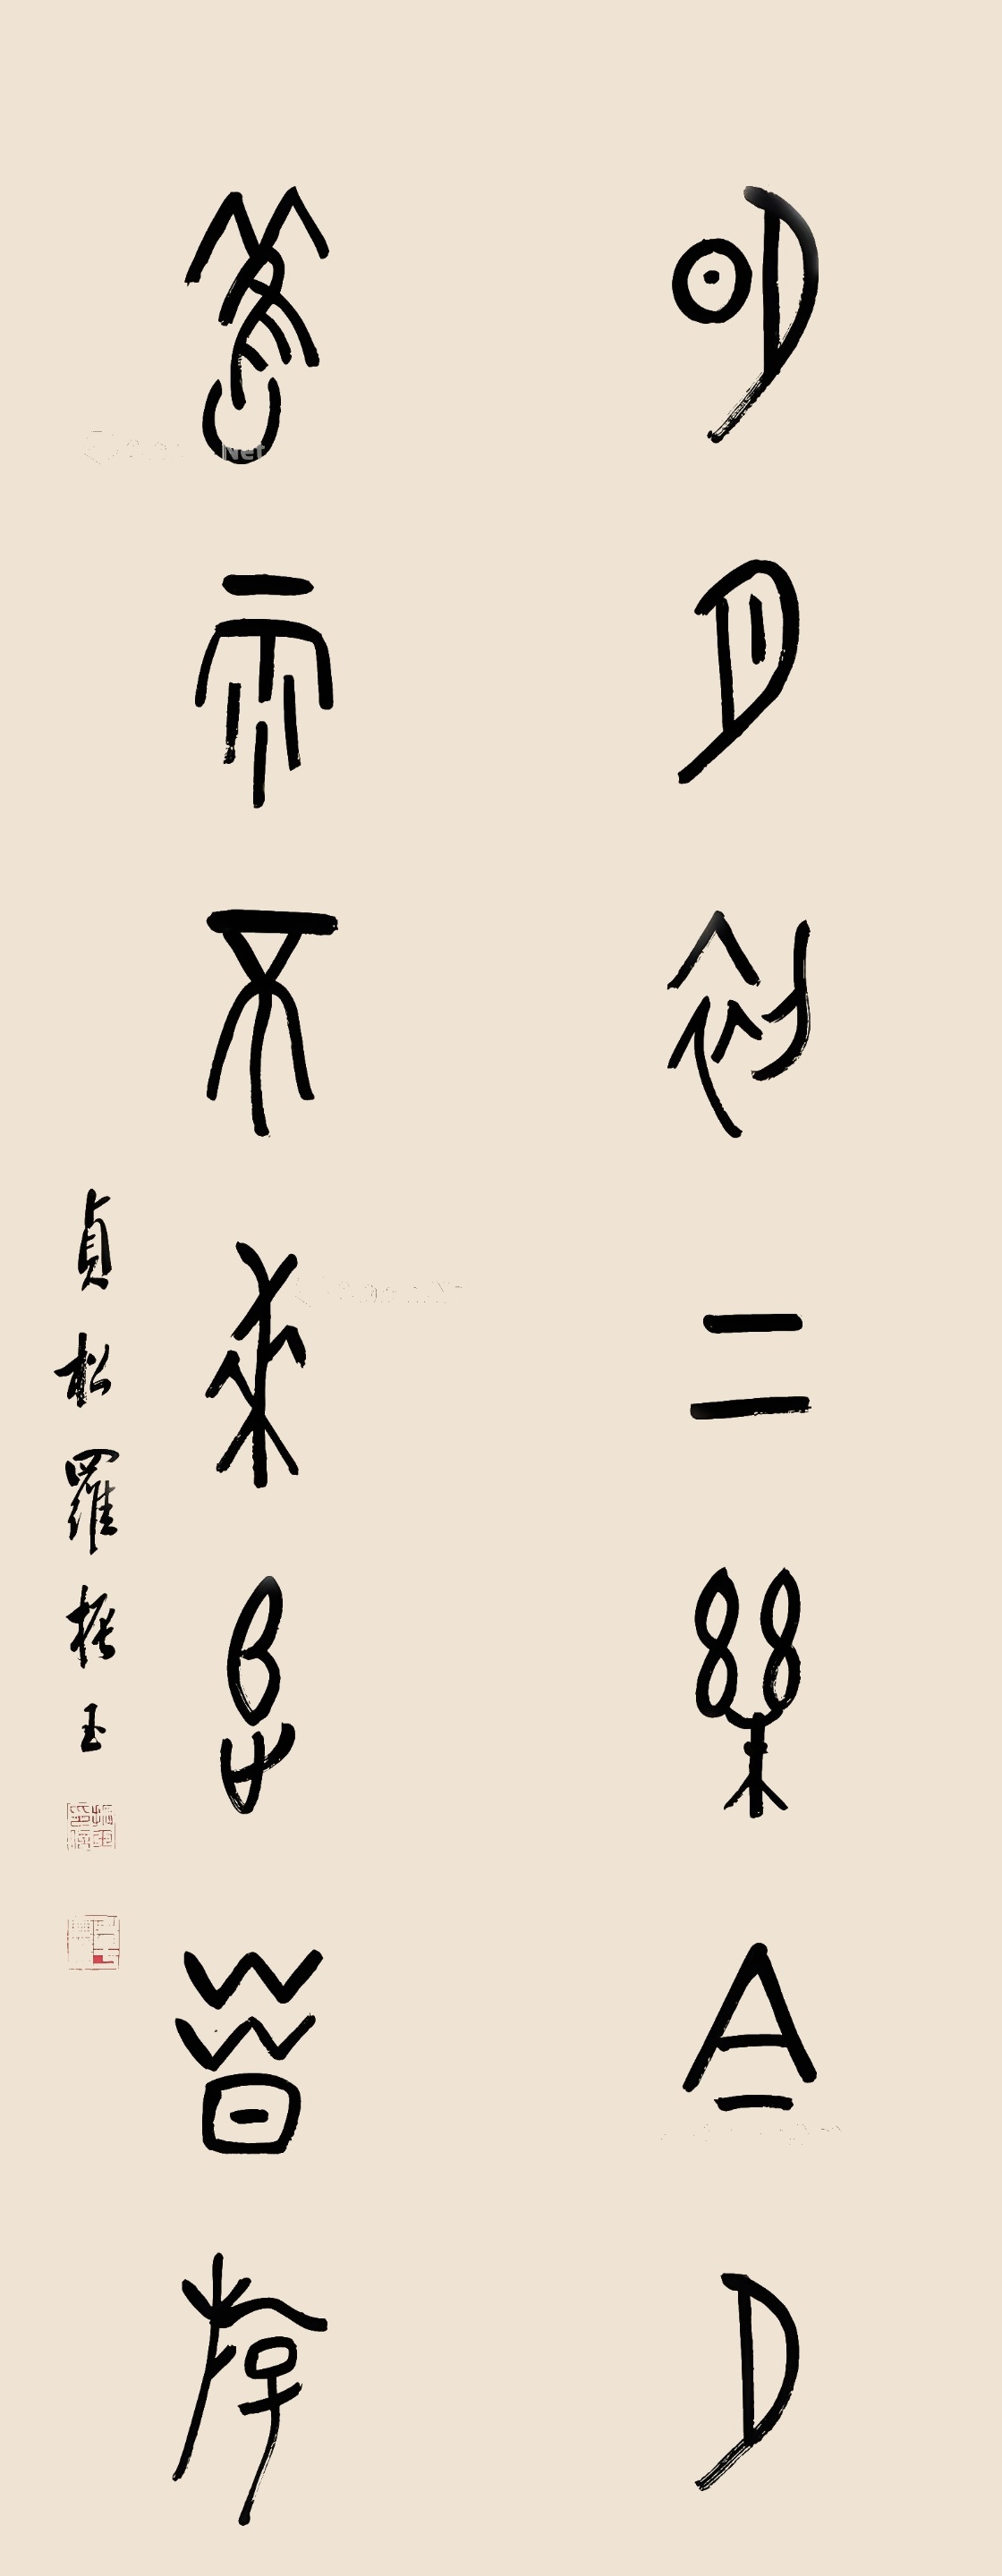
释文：明月初上乐今夕，旧雨不来追昔游。贞松罗振玉。